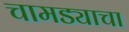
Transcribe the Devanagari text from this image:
चामड्याचा